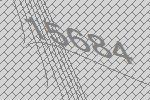
15684